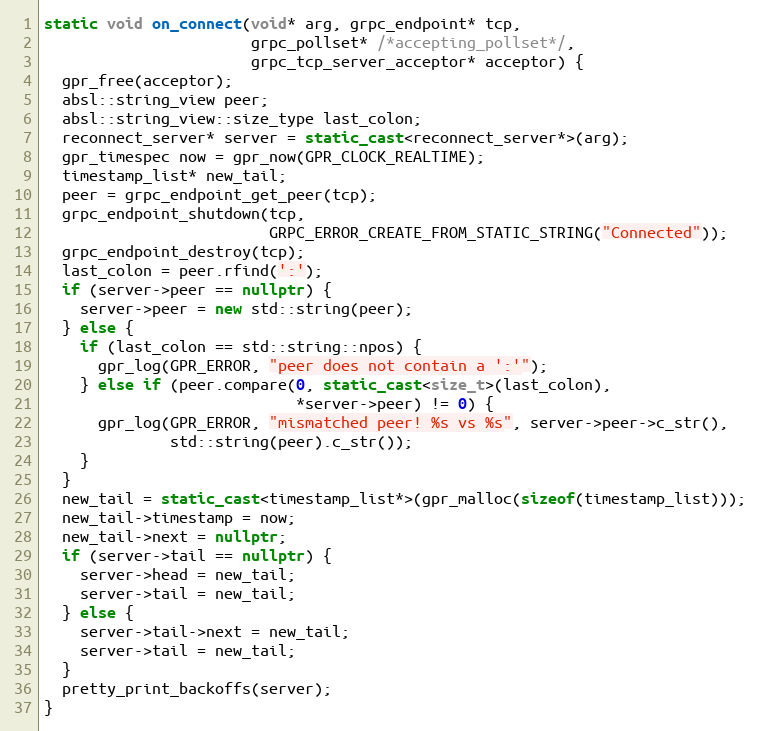
Language: C++
static void on_connect(void* arg, grpc_endpoint* tcp,
                       grpc_pollset* /*accepting_pollset*/,
                       grpc_tcp_server_acceptor* acceptor) {
  gpr_free(acceptor);
  absl::string_view peer;
  absl::string_view::size_type last_colon;
  reconnect_server* server = static_cast<reconnect_server*>(arg);
  gpr_timespec now = gpr_now(GPR_CLOCK_REALTIME);
  timestamp_list* new_tail;
  peer = grpc_endpoint_get_peer(tcp);
  grpc_endpoint_shutdown(tcp,
                         GRPC_ERROR_CREATE_FROM_STATIC_STRING("Connected"));
  grpc_endpoint_destroy(tcp);
  last_colon = peer.rfind(':');
  if (server->peer == nullptr) {
    server->peer = new std::string(peer);
  } else {
    if (last_colon == std::string::npos) {
      gpr_log(GPR_ERROR, "peer does not contain a ':'");
    } else if (peer.compare(0, static_cast<size_t>(last_colon),
                            *server->peer) != 0) {
      gpr_log(GPR_ERROR, "mismatched peer! %s vs %s", server->peer->c_str(),
              std::string(peer).c_str());
    }
  }
  new_tail = static_cast<timestamp_list*>(gpr_malloc(sizeof(timestamp_list)));
  new_tail->timestamp = now;
  new_tail->next = nullptr;
  if (server->tail == nullptr) {
    server->head = new_tail;
    server->tail = new_tail;
  } else {
    server->tail->next = new_tail;
    server->tail = new_tail;
  }
  pretty_print_backoffs(server);
}